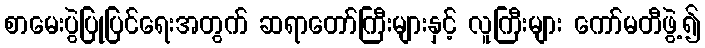
စာမေးပွဲပြုပြင်ရေးအတွက် ဆရာတော်ကြီးများနှင့် လူကြီးများ ကော်မတီဖွဲ့၍